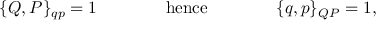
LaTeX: \{ Q , P \} _ { q p } = 1 \qquad \qquad \mathrm { h e n c e } \qquad \qquad \{ q , p \} _ { Q P } = 1 ,